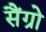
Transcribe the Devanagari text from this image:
सैंग्रो